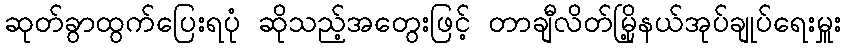
ဆုတ်ခွာထွက်ပြေးရပုံ ဆိုသည့်အတွေးဖြင့် တာချီလိတ်မြို့နယ်အုပ်ချုပ်ရေးမှူး